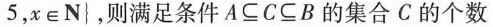
5，x \in N }$$，则满足条件$$A \subseteq C \subseteq B$$的集合C的个数